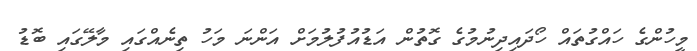
މީހުންގެ ހައްގުތައް ހޯދައިދިނުމުގެ ގޮތުން އަޑުއުފުލުމަށް އަންނަ މަހު ތިނެއްގައި މާލޭގައި ބޮޑު